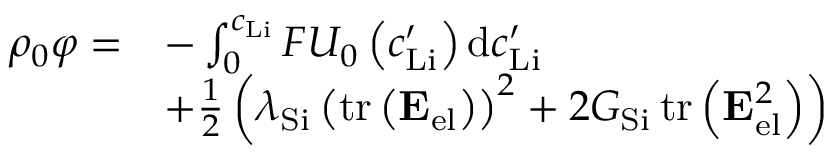
\begin{array} { r l } { \rho _ { 0 } \varphi = } & { - \int _ { 0 } ^ { c _ { \mathrm { L i } } } F U _ { 0 } \left( c _ { \mathrm { L i } } ^ { \prime } \right) \mathrm { d } c _ { \mathrm { L i } } ^ { \prime } } \\ & { + \frac { 1 } { 2 } \left( \lambda _ { \mathrm { S i } } \left( \operatorname { t r } \left( \mathbf { E } _ { \mathrm { e l } } \right) \right) ^ { 2 } + 2 G _ { \mathrm { S i } } \operatorname { t r } \left( \mathbf { E } _ { \mathrm { e l } } ^ { 2 } \right) \right) } \end{array}